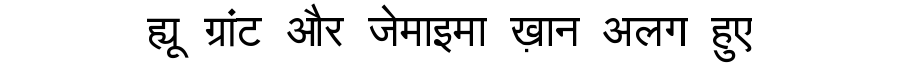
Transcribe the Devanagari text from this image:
ह्यू ग्रांट और जेमाइमा ख़ान अलग हुए